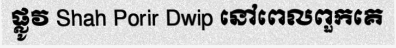
ផ្លូវ Shah Porir Dwip នៅពេលពួកគេ